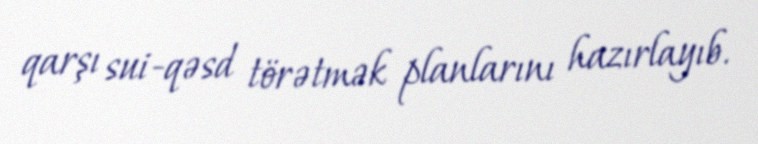
qarşı sui-qəsd törətmək planlarını hazırlayıb.